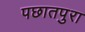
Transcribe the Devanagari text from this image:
पछातपुरा